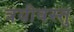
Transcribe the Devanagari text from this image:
त्रयीवस्तु